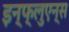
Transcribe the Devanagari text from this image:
इन्फ्लुएन्स